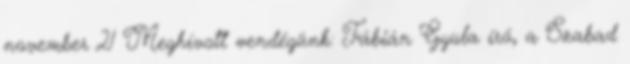
november 21 Meghívott vendégünk: Fábián Gyula író, a Szabad